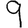
Digit: 9